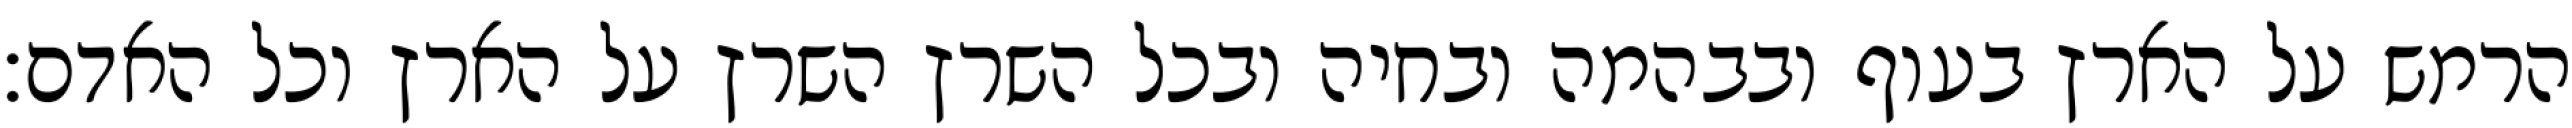
הרמש על הארץ בעוף ובבהמה ובחיה ובכל השרץ השרץ על הארץ וכל האדם׃